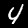
Digit: 4